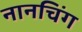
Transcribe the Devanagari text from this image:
नानचिंग